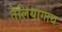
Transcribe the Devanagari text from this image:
तेलियागाथ